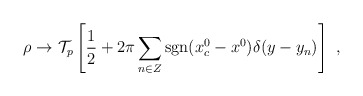
\begin{align*}\rho \to {\cal T}_p \left[ {1\over 2}+ 2\pi\sum_{n\in Z} {\rm sgn}(x^0_c-x^0)\delta(y-y_n)\right] ~,\end{align*}